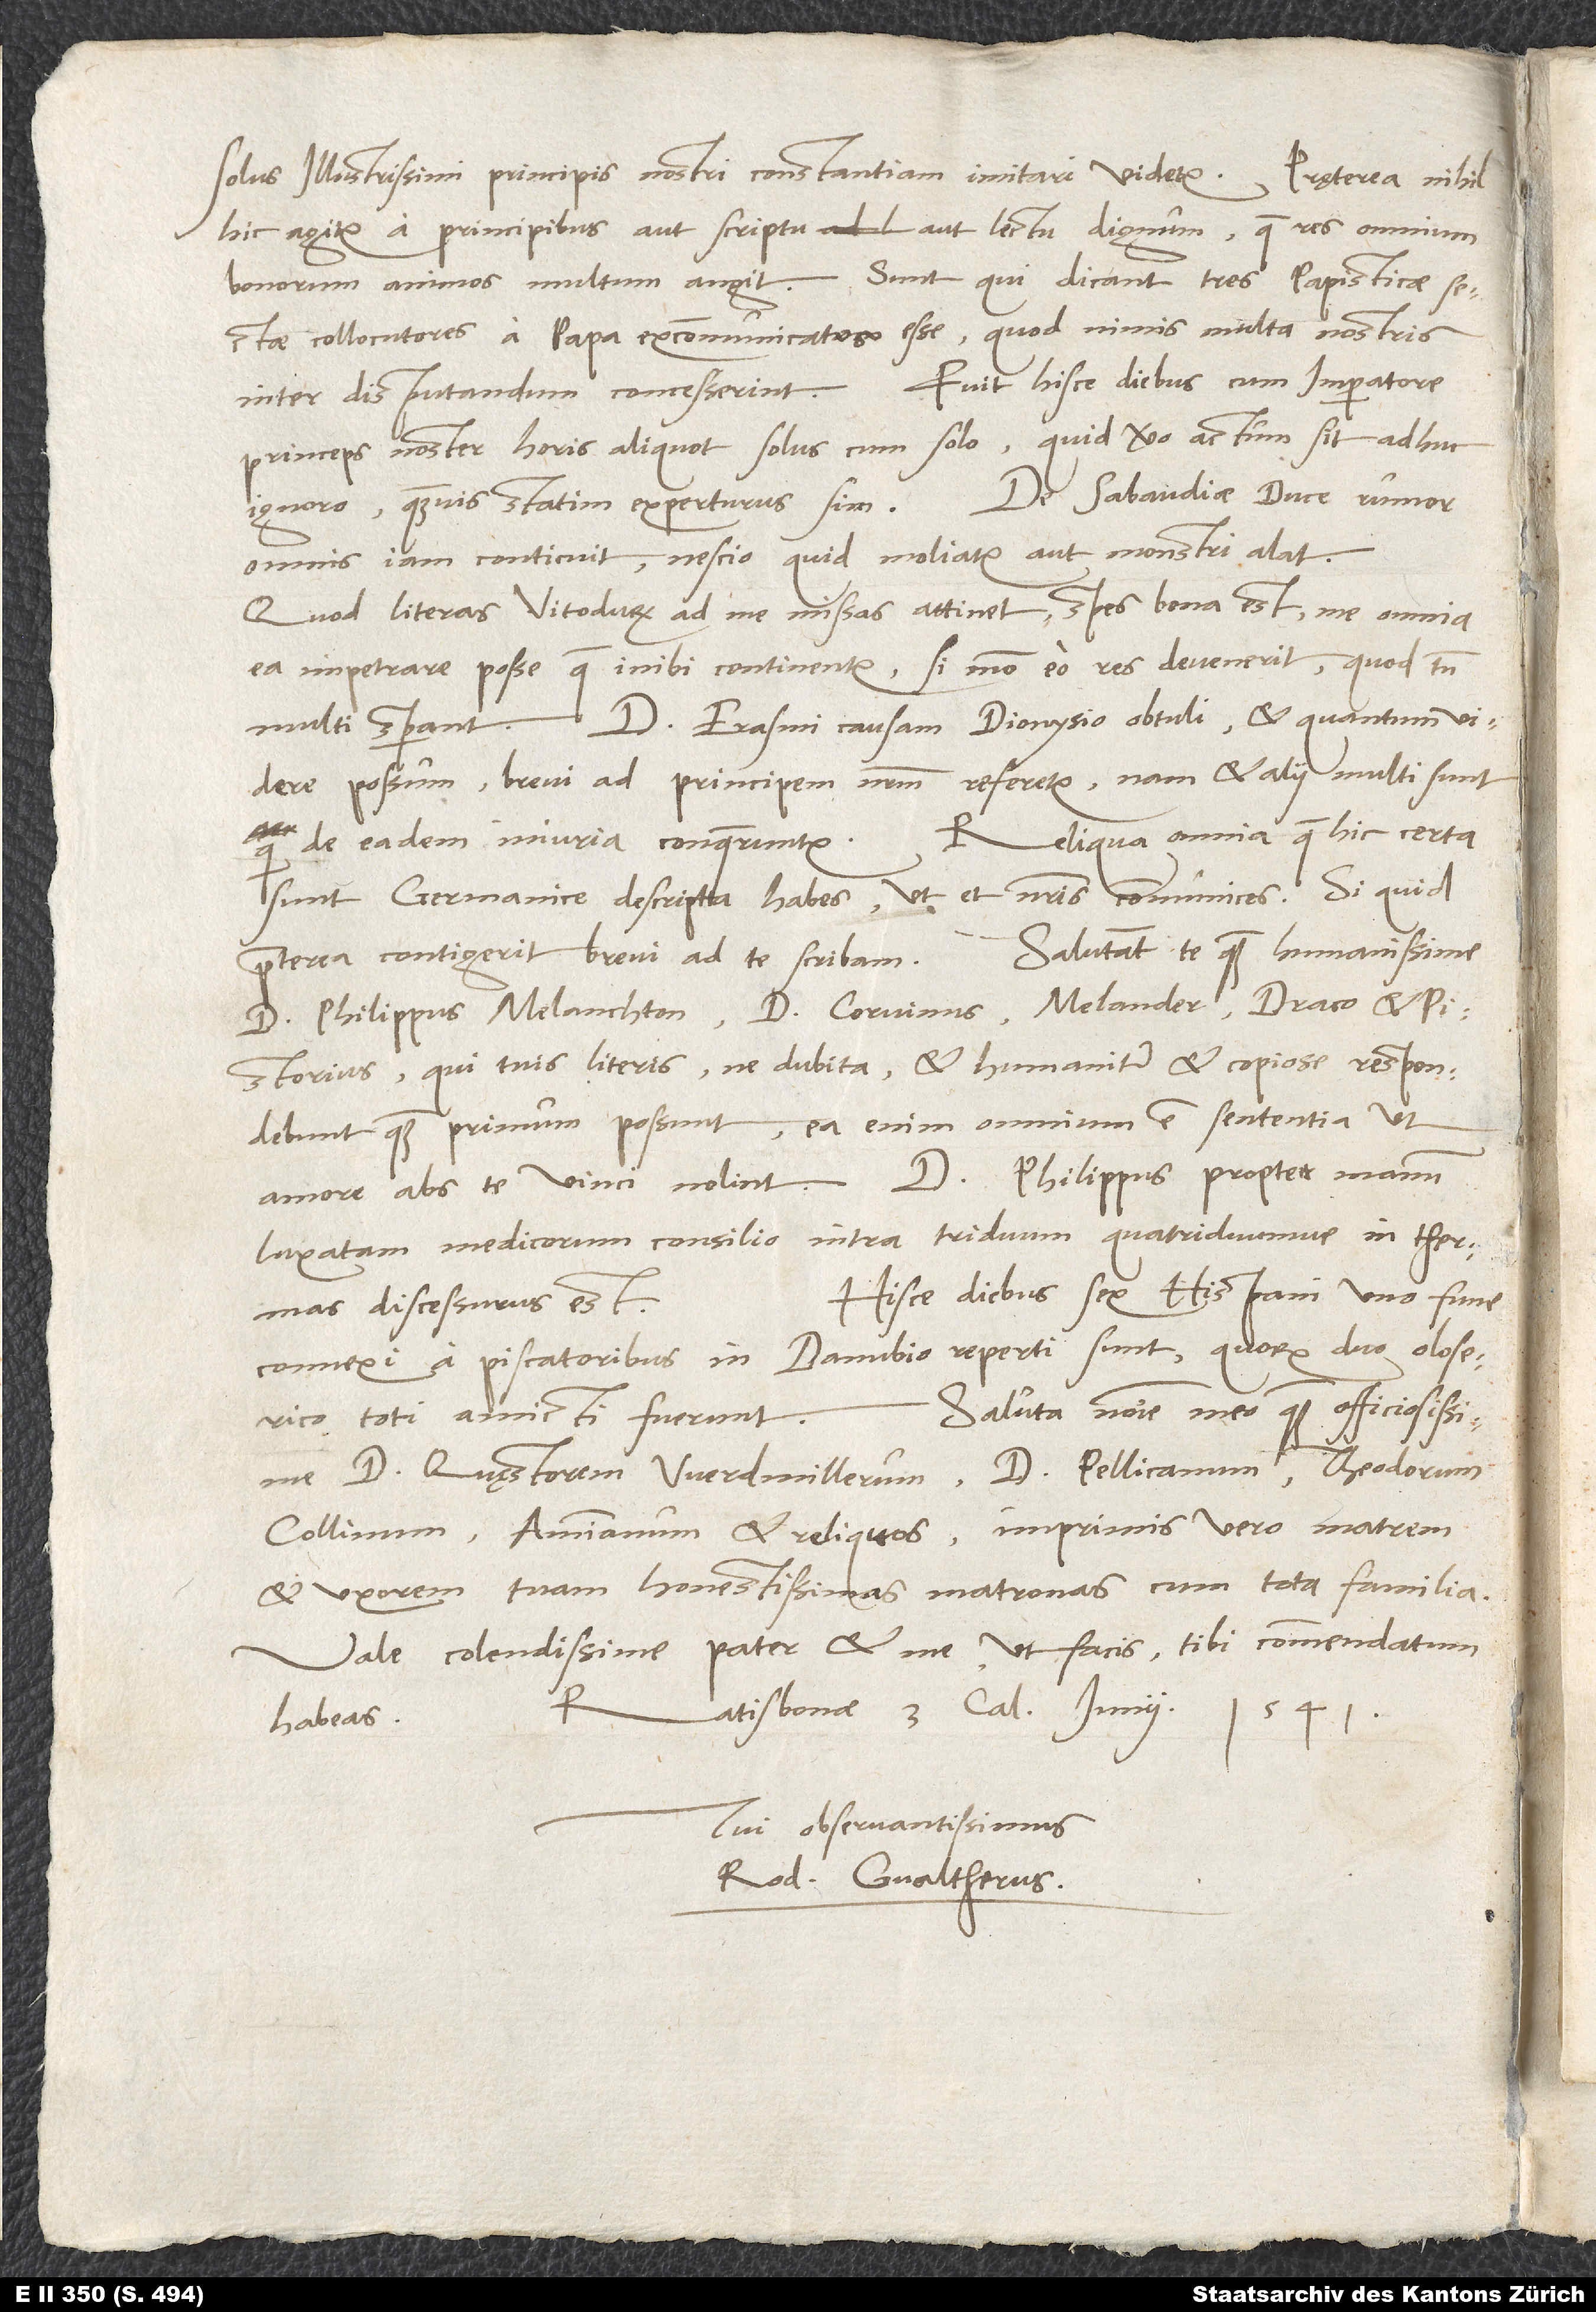
solus illustrissimi principis nostri constantiam imitari videtur. Pręterea nihil
hic agitur a principibus aut scriptu aut lectu dignum, quae res omnium
bonorum animos multum angit. Sunt, qui dicant tres papisticae sectae
collocutores a papa excommunicatos esse, quod nimis multa nostris
inter disputandum concesserint. Fuit hisce diebus cum imperatore
princeps noster horas aliquot solus cum solo; quid vero actum sit, adhuc
ignoro, quamvis statim experturus sim. De Sabaudiae duce rumor
omnis iam conticuit; nescio, quid moliatur aut monstri alat.
Quod literas Vitodurum ad me missas attinet, spes bona est me omnia
ea impetrare posse, quae inibi continentur, si modo eo res devenerit, quod tamen
multi sperant. D. Erasmi causam Dionysio obtuli, et quantum videre
possum, brevi ad principem nostrum referetur; nam et alii multi sunt,
sunt, Germanice descripta habes, ut et nostris communices. Si quid
praeterea contigerit, brevi ad te scribam. Salutant te quam humanissime
d. Philippus Melanchton, d. Corvinus, Melander, Draco et Pistorius,
qui tuis literis, ne dubita, et humaniter et copiose respondebunt,
quam primum possunt; ea enim omnium est sententia, ut
amore abs te vinci nolint. D. Philippus propter manum
luxatam medicorum consilio intra triduum quatriduumve in thermas
Hisce diebus sex Hispani uno fune
discessurus est.
connexi a piscatoribus in Danubio reperti sunt, quorum duo oloserico
Saluta nomine meo quam officiosissime
toti amicti fuerunt.
d. quęstorem Werdmillerum, d. Pellicanum, Theodorum,
Collinum, Ammianum et reliquos, imprimis vero matrem
et uxorem tuam, honestissimas matronas, cum tota familia.
Vale, colendissime pater, et me, ut facis, tibi commendatum
Ratisbonae, 3. calendas iunii
1541.
habeas.
Tui observantissimus
Rod. Gvaltherus.